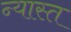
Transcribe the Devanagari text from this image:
न्यास्त